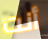
أنت